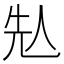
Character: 𠈣